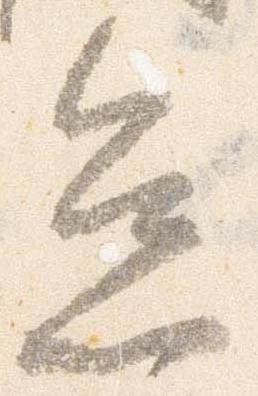
怠